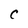
Character: C